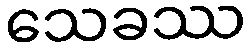
သေခဿ